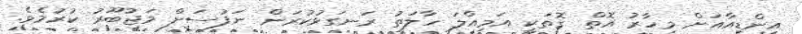
އިންޑިއާއަށް މިހާރު އޮތް ގޮތަކީ އަމިއްލަ ހާލަތު ރަނގަޅުކުރަން ނަފުސަށް މަޖުބޫރު ކުރުމެވެ.